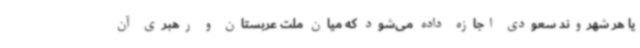
یا هر شهروند سعودی اجازه داده می‌شود که میان ملت عربستان و رهبری آن